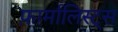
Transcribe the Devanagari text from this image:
फ़ार्मालिस्ट्स